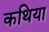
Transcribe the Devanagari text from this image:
कथिया